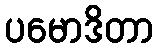
ပမောဒိတာ